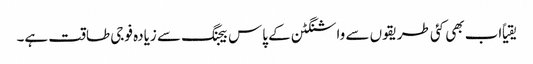
یقیاً اب بھی کئی طریقوں سے واشنگٹن کے پاس بیجنگ سے زیادہ فوجی طاقت ہے۔